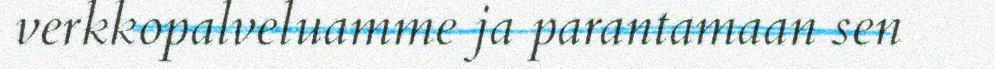
verkkopalveluamme ja parantamaan sen